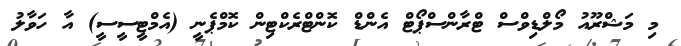
މި މަޝްރޫއު މޯލްޑިވްސް ޓްރާންސްޕޯޓް އެންޑް ކޮންޓްރެކްޓިން ކޮމްޕެނީ (އެމްޓީސީސީ) އާ ހަވާލު